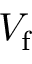
V _ { \mathrm { f } }